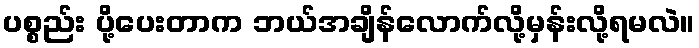
ပစ္စည်း ပို့ပေးတာက ဘယ်အချိန်လောက်လို့မှန်းလို့ရမလဲ။